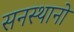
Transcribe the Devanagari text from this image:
सनस्थानो